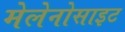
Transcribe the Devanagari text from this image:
मेलेनोसाइट